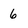
Character: 6